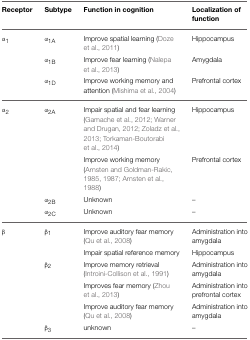
<table><thead><tr><td><b>Receptor</b></td><td><b>Subtype</b></td><td><b>Function in cognition</b></td><td><b>Localization of function</b></td></tr></thead><tbody><tr><td>α<sub>1</sub></td><td>α<sub>1A</sub></td><td>Improve spatial learning (Doze et al., 2011)</td><td>Hippocampus</td></tr><tr><td></td><td>α<sub>1B</sub></td><td>Improve fear learning (Nalepa et al., 2013)</td><td>Amygdala</td></tr><tr><td></td><td>α<sub>1D</sub></td><td>Improve working memory and attention (Mishima et al., 2004)</td><td>Prefrontal cortex</td></tr><tr><td>α<sub>2</sub></td><td>α<sub>2A</sub></td><td>Impair spatial and fear learning (Gamache et al., 2012; Warner and Drugan, 2012; Zoladz et al., 2013; Torkaman-Boutorabi et al., 2014)</td><td>Hippocampus</td></tr><tr><td></td><td></td><td>Improve working memory (Arnsten and Goldman-Rakic, 1985, 1987; Arnsten et al., 1988)</td><td>Prefrontal cortex</td></tr><tr><td></td><td>α<sub>2B</sub></td><td>Unknown</td><td>–</td></tr><tr><td></td><td>α<sub>2C</sub></td><td>Unknown</td><td>–</td></tr><tr><td>β</td><td>β<sub>1</sub></td><td>Improve auditory fear memory (Qu et al., 2008)</td><td>Administration into amygdala</td></tr><tr><td></td><td></td><td>Impair spatial reference memory</td><td>Hippocampus</td></tr><tr><td></td><td>β<sub>2</sub></td><td>Improve memory retrieval (Introini-Collison et al., 1991)</td><td>Administration into amygdala</td></tr><tr><td></td><td></td><td>Improves fear memory (Zhou et al., 2013)</td><td>Administration into prefrontal cortex</td></tr><tr><td></td><td></td><td>Improve auditory fear memory (Qu et al., 2008)</td><td>Administration into amygdala</td></tr><tr><td></td><td>β<sub>3</sub></td><td>unknown</td><td>–</td></tr></tbody></table>